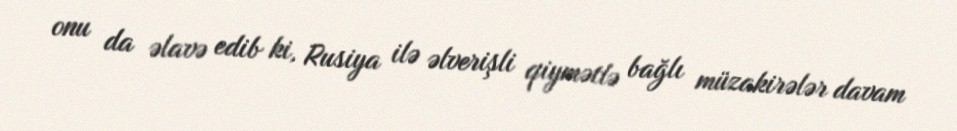
onu da əlavə edib ki, Rusiya ilə əlverişli qiymətlə bağlı müzakirələr davam